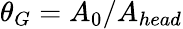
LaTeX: \theta_{G}=A_{0}/A_{head}